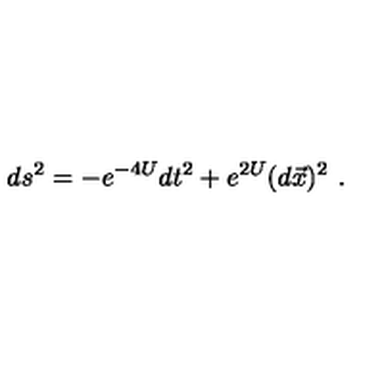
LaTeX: d s ^ { 2 } = - e ^ { - 4 U } d t ^ { 2 } + e ^ { 2 U } ( d \vec { x } ) ^ { 2 } \ .